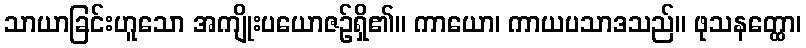
သာယာခြင်းဟူသော အကျိုးပယောဇဉ်ရှိ၏။ ကာယော၊ ကာယပသာဒသည်။ ဖုသနတ္ထော၊